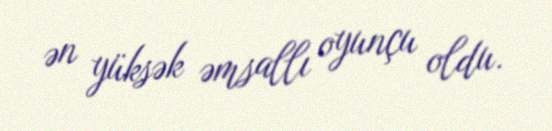
ən yüksək əmsallı oyunçu oldu.